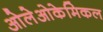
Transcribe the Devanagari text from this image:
ओलेओकेमिकल